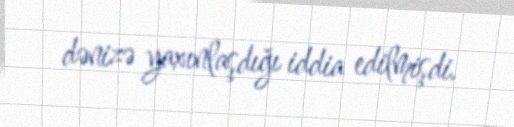
dənizə yaxınlaşdığı iddia edilmişdi.